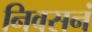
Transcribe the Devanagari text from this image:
निवसनं